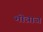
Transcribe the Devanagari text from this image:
भोन्राज